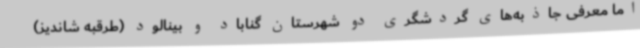
اما معرفی جاذبه‌های گردشگری دو شهرستان گناباد و بینالود (طرقبه شاندیز)